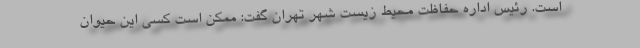
است. رئیس اداره حفاظت محیط زیست شهر تهران گفت: ممکن است کسی این حیوان